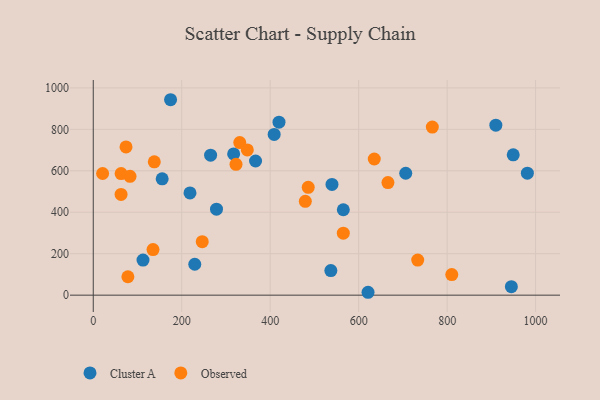
{"axis": {"x": "Ad Spend", "y": "Salary"}, "legend": ["Cluster A", "Observed"], "data": [{"x": "949.4", "y": 677.2, "type": "Cluster A"}, {"x": "174.8", "y": 942.9, "type": "Cluster A"}, {"x": "409.0", "y": 775.5, "type": "Cluster A"}, {"x": "981.4", "y": 588.3, "type": "Cluster A"}, {"x": "621.2", "y": 13.9, "type": "Cluster A"}, {"x": "317.4", "y": 681.6, "type": "Cluster A"}, {"x": "218.7", "y": 493.3, "type": "Cluster A"}, {"x": "265.3", "y": 675.3, "type": "Cluster A"}, {"x": "366.9", "y": 647.2, "type": "Cluster A"}, {"x": "419.9", "y": 834.5, "type": "Cluster A"}, {"x": "112.5", "y": 169.1, "type": "Cluster A"}, {"x": "565.3", "y": 412.1, "type": "Cluster A"}, {"x": "278.6", "y": 414.9, "type": "Cluster A"}, {"x": "229.5", "y": 149.2, "type": "Cluster A"}, {"x": "539.7", "y": 534.2, "type": "Cluster A"}, {"x": "706.4", "y": 588.2, "type": "Cluster A"}, {"x": "537.1", "y": 118.5, "type": "Cluster A"}, {"x": "945.2", "y": 40.8, "type": "Cluster A"}, {"x": "910.1", "y": 820.0, "type": "Cluster A"}, {"x": "155.8", "y": 561.1, "type": "Cluster A"}, {"x": "479.4", "y": 452.8, "type": "Observed"}, {"x": "322.7", "y": 631.0, "type": "Observed"}, {"x": "666.2", "y": 543.1, "type": "Observed"}, {"x": "83.1", "y": 573.3, "type": "Observed"}, {"x": "635.3", "y": 656.8, "type": "Observed"}, {"x": "733.5", "y": 169.2, "type": "Observed"}, {"x": "766.5", "y": 810.9, "type": "Observed"}, {"x": "810.5", "y": 99.2, "type": "Observed"}, {"x": "565.3", "y": 298.9, "type": "Observed"}, {"x": "74.1", "y": 715.4, "type": "Observed"}, {"x": "63.0", "y": 586.6, "type": "Observed"}, {"x": "138.0", "y": 643.5, "type": "Observed"}, {"x": "246.4", "y": 258.1, "type": "Observed"}, {"x": "331.2", "y": 736.1, "type": "Observed"}, {"x": "348.3", "y": 700.6, "type": "Observed"}, {"x": "78.3", "y": 88.7, "type": "Observed"}, {"x": "62.9", "y": 486.0, "type": "Observed"}, {"x": "135.1", "y": 220.0, "type": "Observed"}, {"x": "21.2", "y": 587.0, "type": "Observed"}, {"x": "486.0", "y": 520.3, "type": "Observed"}]}